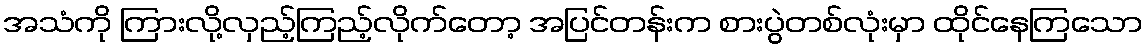
အသံကို ကြားလို့လှည့်ကြည့်လိုက်တော့ အပြင်တန်းက စားပွဲတစ်လုံးမှာ ထိုင်နေကြသော